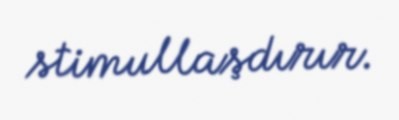
stimullaşdırır.